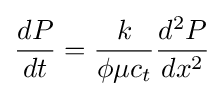
{\frac {dP}{dt}}={\frac {k}{\phi \mu c_{t}}}{\frac {d^{2}P}{dx^{2}}}